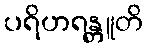
ပရိဟရန္တူတိ